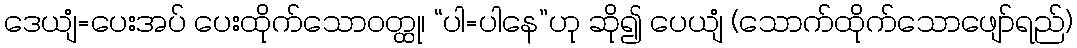
ဒေယျံ=ပေးအပ် ပေးထိုက်သောဝတ္ထု၊ “ပါ=ပါနေ”ဟု ဆို၍ ပေယျံ (သောက်ထိုက်သောဖျော်ရည်)